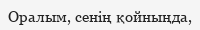
Оралым, сенің қойныңда,